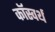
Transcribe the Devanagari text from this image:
कॉस्वर्थ